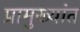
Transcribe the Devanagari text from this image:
प्रामुख्यांत